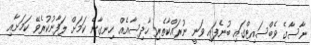
ނާސާގެ ވެބްސައިޓްގައި ބުނެފައި ވަނީ ނުރައްކާތެރި ހާދިސާއެއް ހިނގާނެ ކަމަށް ލަފާނުކުރެވޭ ކަމަށާއި